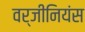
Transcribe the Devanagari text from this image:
वर्जीनियंस